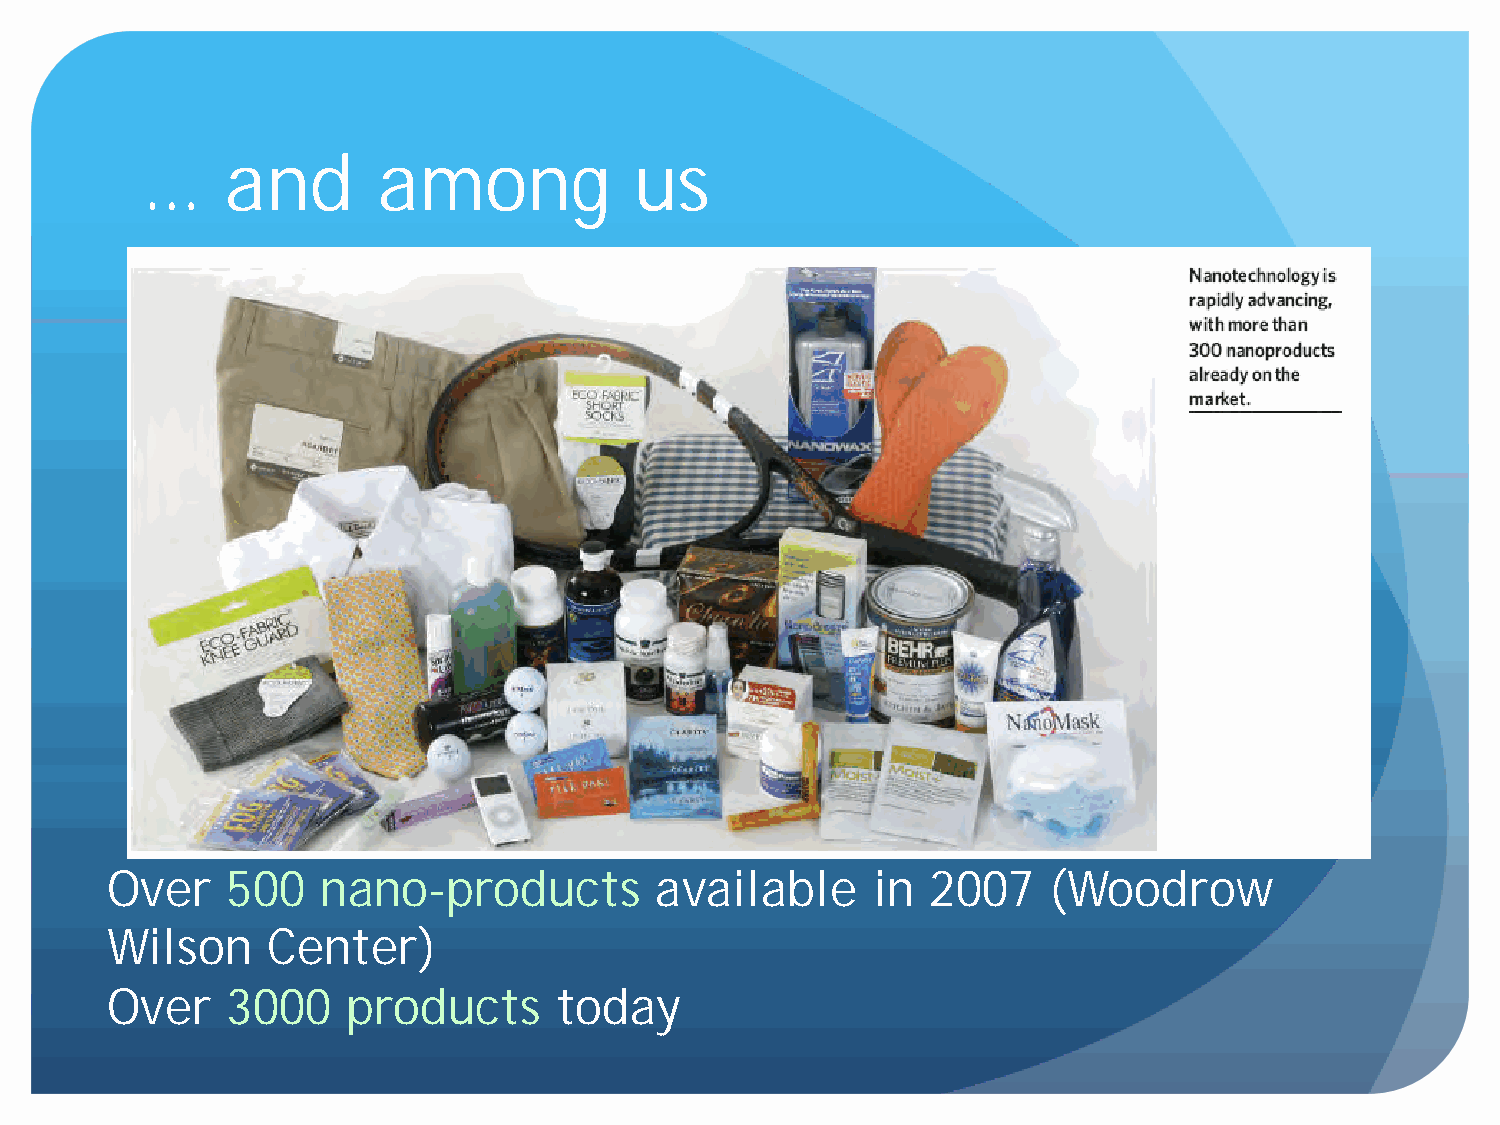
…     and       among            us
 Over    500   nano-products         available      in  2007   (Woodrow
 Wilson     Center)
 Over    3000    products      today